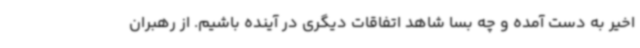
اخیر به دست آمده و چه بسا شاهد اتفاقات دیگری در آینده باشیم. از رهبران